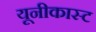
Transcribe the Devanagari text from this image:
यूनीकास्ट